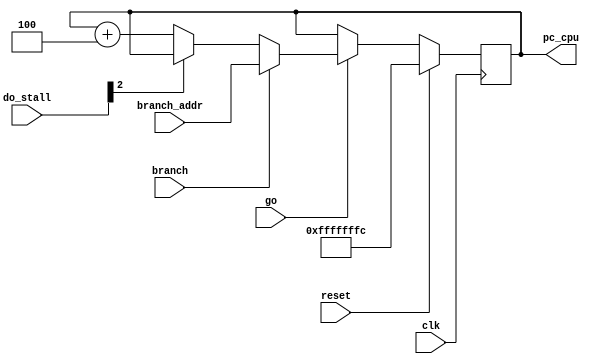
module pc_register(
    input go,

    input clk,
    input reset,
    
    input branch,
    input [31:0] branch_addr,
    
    input [4:0] do_stall,
    
    // output reg [31:0] pc,
    output reg [31:0] pc_cpu
    );

    reg [31:0] pc_local;
    // always @(posedge clk) begin
    //     if(go == 1)begin
    //         if(reset == 1) begin
    //             pc <= 0;
    //             pc_local <= 4;
    //             read_enable_cpu <= 1;
    //         end
    //         else 
    //             if (branch == 1) begin
    //                 pc_local <= branch_addr;
    //                 read_enable_cpu <= 1;
    //             end
    //             if (do_stall[0] == 0) begin
    //                 pc_local <= pc_local + 4;
    //                 pc <= pc_local;
    //                 read_enable_cpu <= 1;
    //         end    
    //     end
    // end
    // always @(posedge clk) begin
    //     if(go == 1) begin
    //         if (branch == 1) begin
    //             pc <= branch_addr;           
    //             pc_cpu <= branch_addr;           
    //             read_enable_cpu <= 1;
    //         end
    //         read_enable_cpu <= 1;
    //         pc <= prev_pc; 
    //         pc_cpu <= prev_pc; 
    //     end
    // end

    always @(posedge clk) begin
        if(reset == 1) begin
            pc_local <= -4;
        end
        else if (go == 1) begin
            if (branch == 1) begin
                pc_local <= branch_addr;
            end
            else if(do_stall[2] == 1) begin
                pc_local <= pc_local;
            end
            else begin
                pc_local <= pc_local + 4;
            end
        end
    end

    always @(*) begin
        // pc = pc_local;
        pc_cpu = pc_local;
    end
endmodule